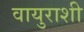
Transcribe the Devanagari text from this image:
वायुराशी